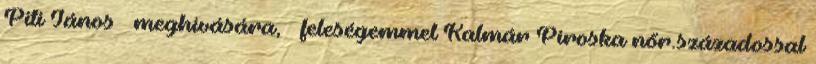
Piti János meghívására, – feleségemmel Kalmár Piroska nőr.századossal